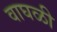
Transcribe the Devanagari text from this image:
वाघळी